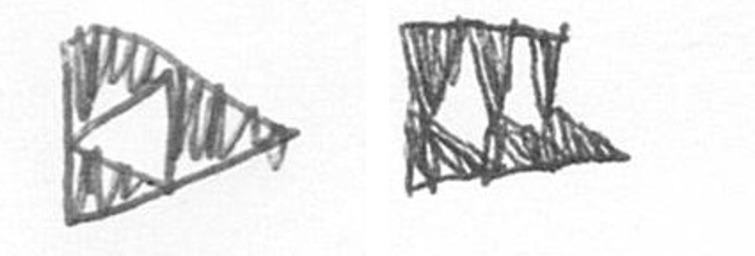
K D